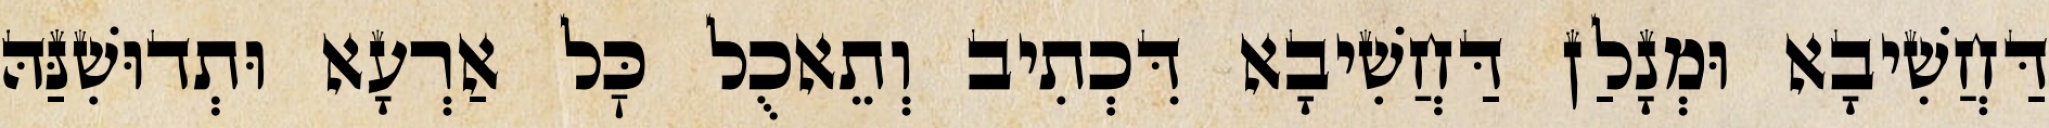
דַּחֲשִׁיבָא וּמְנָלַן דַּחֲשִׁיבָא דִּכְתִיב וְתֵאכֻל כׇּל אַרְעָא וּתְדוּשִׁנַּהּ